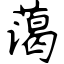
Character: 蔼